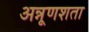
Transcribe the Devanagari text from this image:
अन्नूणशता